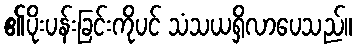
၏ပိုးပန်းခြင်းကိုပင် သံသယရှိလာပေသည်။